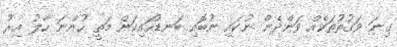
ގިނަ ވަގުތުތަކެއް ވަންދެން ނުކައި ނުބޮއި ބަނޑުހައިކަން މަތީ ހުންނަ ހާލު އިރު